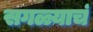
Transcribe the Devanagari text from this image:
सगळ्याचं